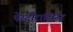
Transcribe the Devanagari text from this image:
पेस्टोरालिस्ट